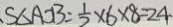
、 S _ { \Delta A O B } = \frac { 1 } { 2 } \times 6 \times 8 = 2 4